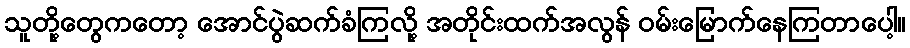
သူတို့တွေကတော့ အောင်ပွဲဆက်ခံကြလို့ အတိုင်းထက်အလွန် ဝမ်းမြောက်နေကြတာပေါ့။